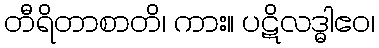
တီရိတာစာတိ၊ ကား။ ပဋိလဒ္ဓါဧဝ၊